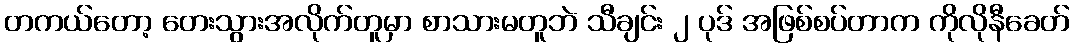
တကယ်တော့ တေးသွားအလိုက်တူမှာ စာသားမတူဘဲ သီချင်း ၂ ပုဒ် အဖြစ်စပ်တာက ကိုလိုနီခေတ်